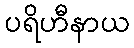
ပရိဟီနာယ